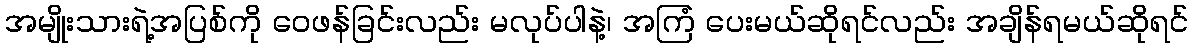
အမျိုးသားရဲ့အပြစ်ကို ဝေဖန်ခြင်းလည်း မလုပ်ပါနဲ့၊ အကြံ ပေးမယ်ဆိုရင်လည်း အချိန်ရမယ်ဆိုရင်